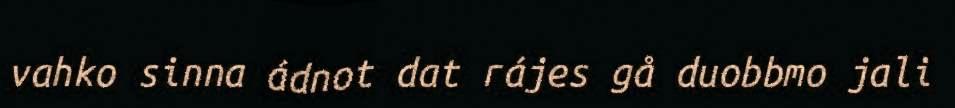
vahko sinna ádnot dat rájes gå duobbmo jali